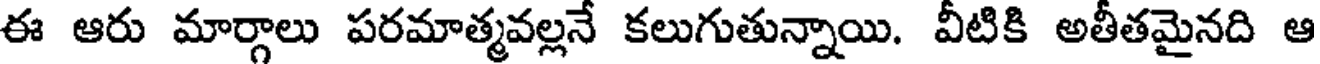
ఈ ఆరు మార్గాలు పరమాత్మవల్లనే కలుగుతున్నాయి. వీటికి అతీతమైనది ఆ